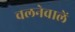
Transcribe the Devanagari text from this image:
चलनेवालें